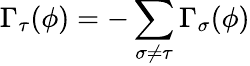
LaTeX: \Gamma_{\tau}(\phi)=-\sum_{\sigma\neq\tau}\Gamma_{\sigma}(\phi)